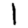
Digit: 1